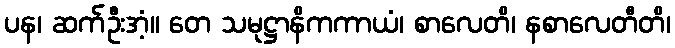
ပန၊ ဆက်ဦးအံ့။ တေ သမုဋ္ဌာနိကကာယံ၊ စာလေတိ၊ နစာလေတီတိ၊